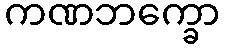
ကဏဘက္ခော